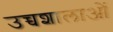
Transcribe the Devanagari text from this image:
उच्चशालाओं